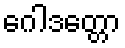
ဂေါဒတ္တော